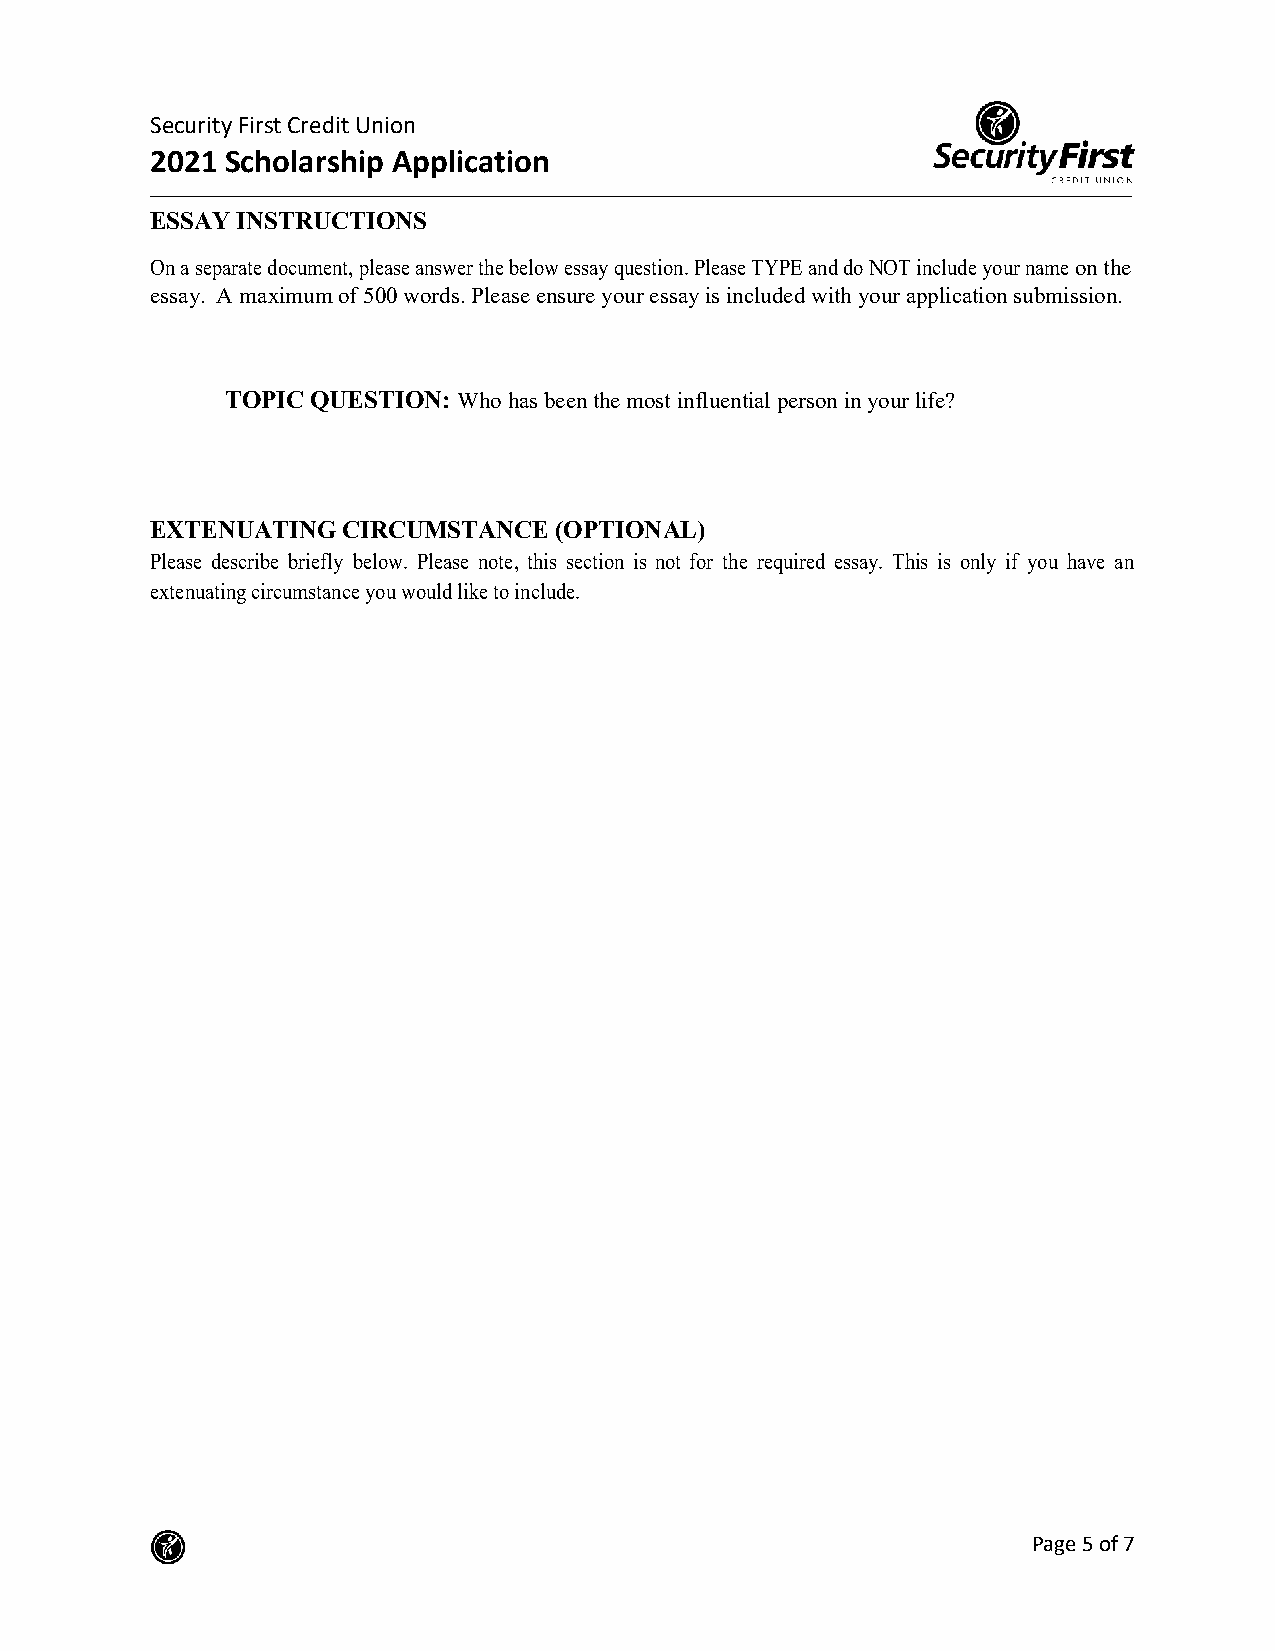
Security First Credit Union
 2021 Scholarship Application
 ESSAY INSTRUCTIONS
 On a separate document, please answer the below essay question. Please TYPE and do NOT include your name on the
 essay. A maximum of 500 words. Please ensure your essay is included with your application submission.
 TOPIC QUESTION: Who has been the most influential person in your life?
 EXTENUATING  CIRCUMSTANCE  (OPTIONAL)
 Please describe briefly below. Please note, this section is not for the required essay. This is only if you have an
 extenuating circumstance you would like to include.
 Page 5 of 7